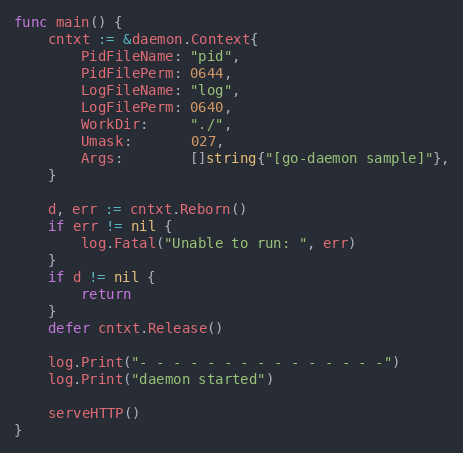
Language: Go
func main() {
	cntxt := &daemon.Context{
		PidFileName: "pid",
		PidFilePerm: 0644,
		LogFileName: "log",
		LogFilePerm: 0640,
		WorkDir:     "./",
		Umask:       027,
		Args:        []string{"[go-daemon sample]"},
	}

	d, err := cntxt.Reborn()
	if err != nil {
		log.Fatal("Unable to run: ", err)
	}
	if d != nil {
		return
	}
	defer cntxt.Release()

	log.Print("- - - - - - - - - - - - - - -")
	log.Print("daemon started")

	serveHTTP()
}